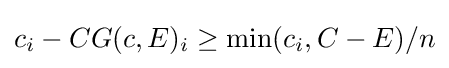
c_{i}-CG(c,E)_{i}\geq \min(c_{i},C-E)/n